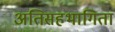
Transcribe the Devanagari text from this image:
अतिसहभागिता